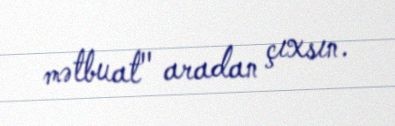
mətbuat" aradan çıxsın.